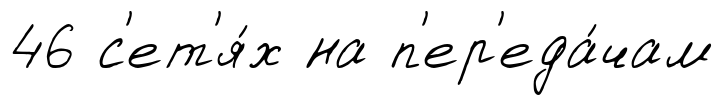
46 с'ет'я́х на п'ер'еда́чам